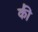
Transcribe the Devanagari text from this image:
की॑